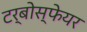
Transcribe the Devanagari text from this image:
टर्बोस्फेयर